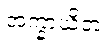
အက္ခာယိတံ